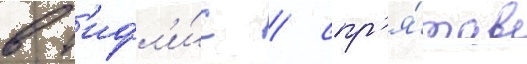
в т'ифл'и́с / спр'я́тав